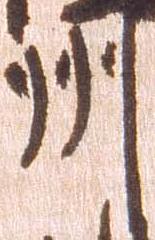
州